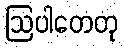
ဩပါတေတု